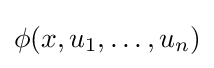
\phi (x,u_{1},\dots ,u_{n})